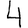
Digit: 4